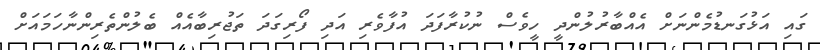
ގައި އަޅުގަނޑުމެންނަށް އެއްބާރުލުންދީ ހީވެސް ނުކުރާފަދަ އުފާވެރި އަދި ފޯރިގަދަ ތަޖުރިބާއެއް ބެލުންތެރިންނާހަމައަށް